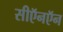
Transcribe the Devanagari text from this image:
सीऍनऍन